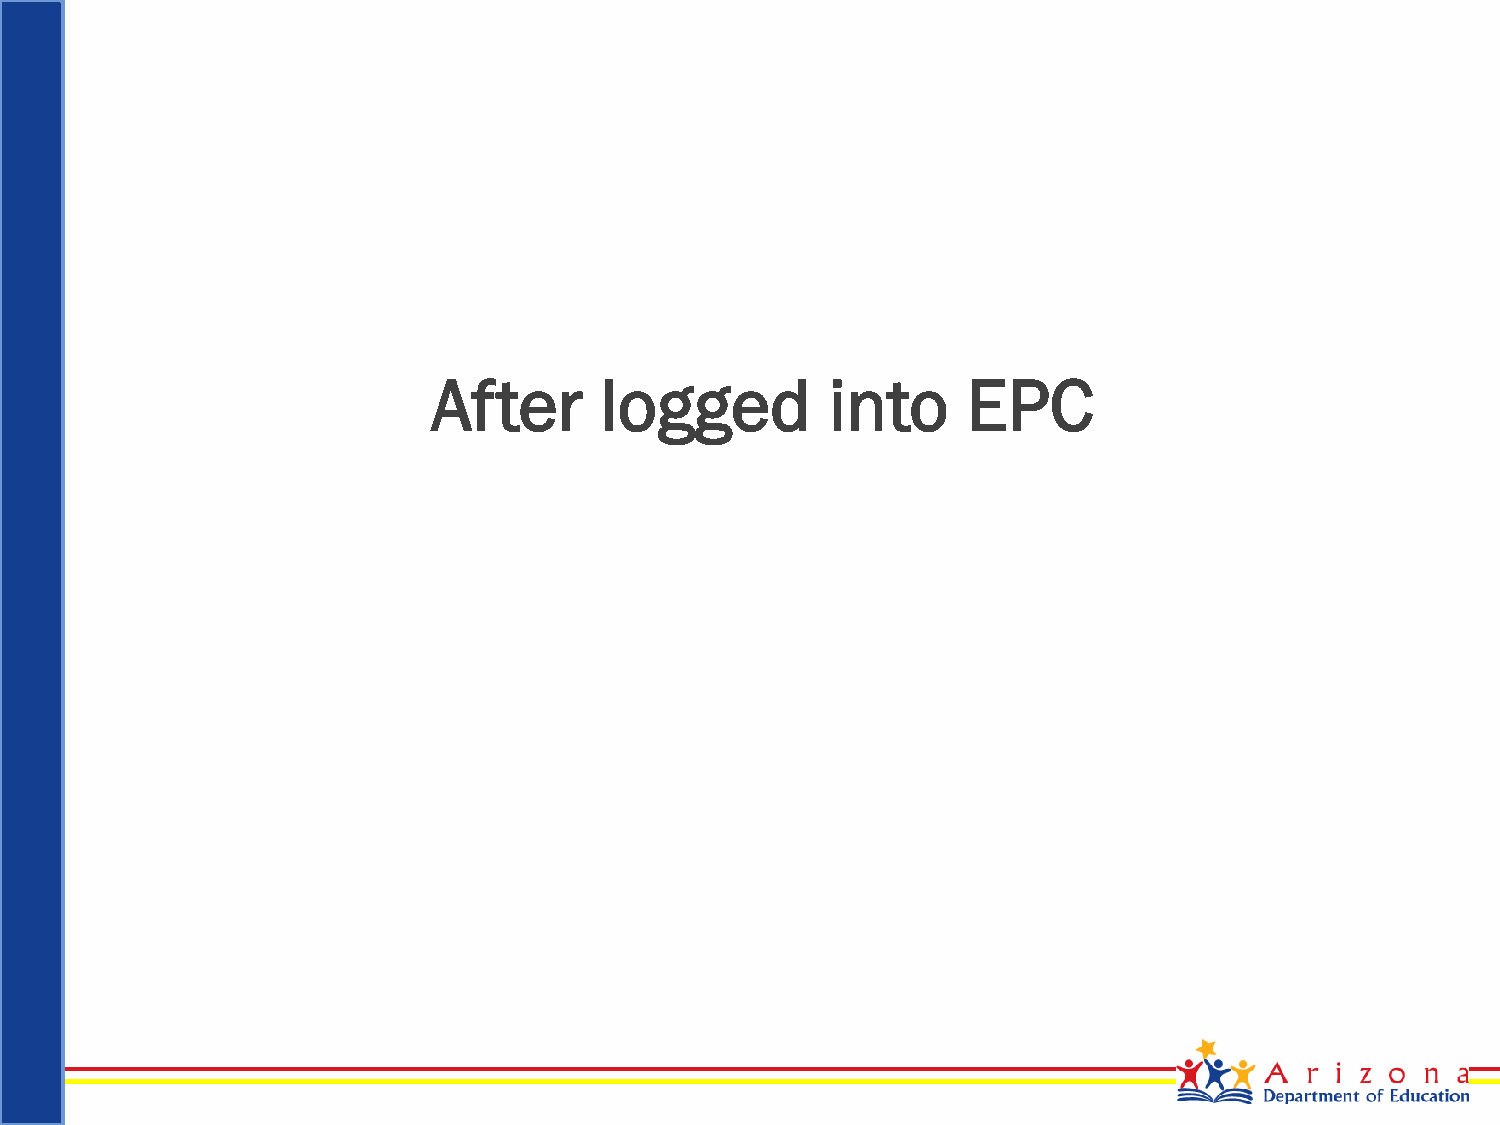
After      logged         into     EPC